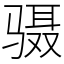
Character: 䯅